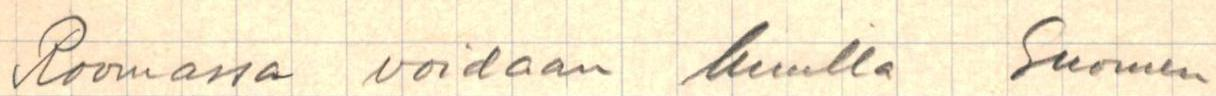
Roomassa voidaan kuulla Suomen